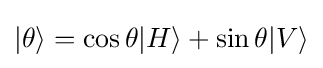
|\theta \rangle =\cos {\theta }|H\rangle +\sin {\theta }|V\rangle